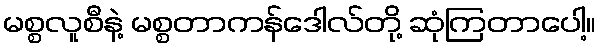
မစ္စလူစီနဲ့ မစ္စတာကန်ဒေါလ်တို့ ဆုံကြတာပေါ့။